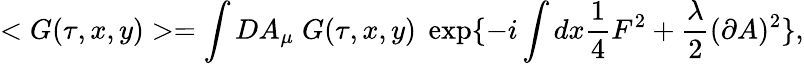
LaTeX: <G(\tau,x,y)>=\int DA_{\mu}\; G(\tau,x,y)\; \exp\{ -i\int dx\frac{1}{4}F^{2}+\frac{\lambda}{2}(\partial A)^{2}\} ,